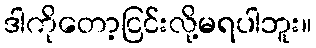
ဒါကိုတော့ငြင်းလို့မရပါဘူး။